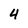
Character: 4